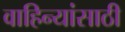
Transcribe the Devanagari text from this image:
वाहिन्यांसाठी